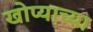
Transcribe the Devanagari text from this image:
खोप्याच्या